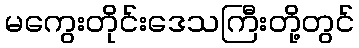
မကွေးတိုင်းဒေသကြီးတို့တွင်